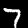
Label: 7